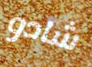
شادو